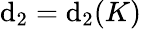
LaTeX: \mathrm{d}_{2}=\mathrm{d}_{2}(K)